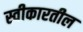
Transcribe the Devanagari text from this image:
स्वीकारतील